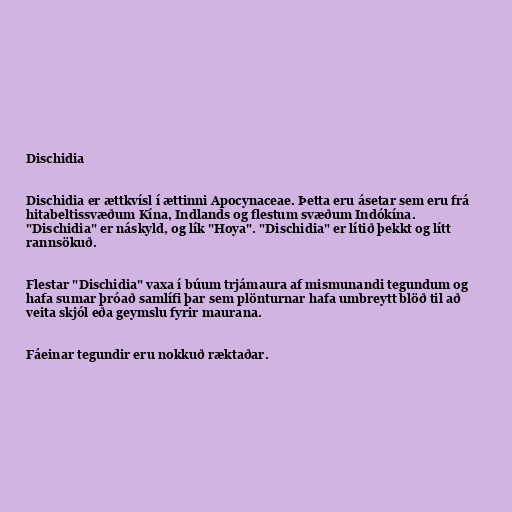
Dischidia

Dischidia er ættkvísl í ættinni Apocynaceae. Þetta eru ásetar sem eru frá
hitabeltissvæðum Kína, Indlands og flestum svæðum Indókína.
"Dischidia" er náskyld, og lík "Hoya". "Dischidia" er lítið þekkt og lítt
rannsökuð.

Flestar "Dischidia" vaxa í búum trjámaura af mismunandi tegundum og
hafa sumar þróað samlífi þar sem plönturnar hafa umbreytt blöð til að
veita skjól eða geymslu fyrir maurana.

Fáeinar tegundir eru nokkuð ræktaðar.